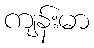
ကျန်းမာ